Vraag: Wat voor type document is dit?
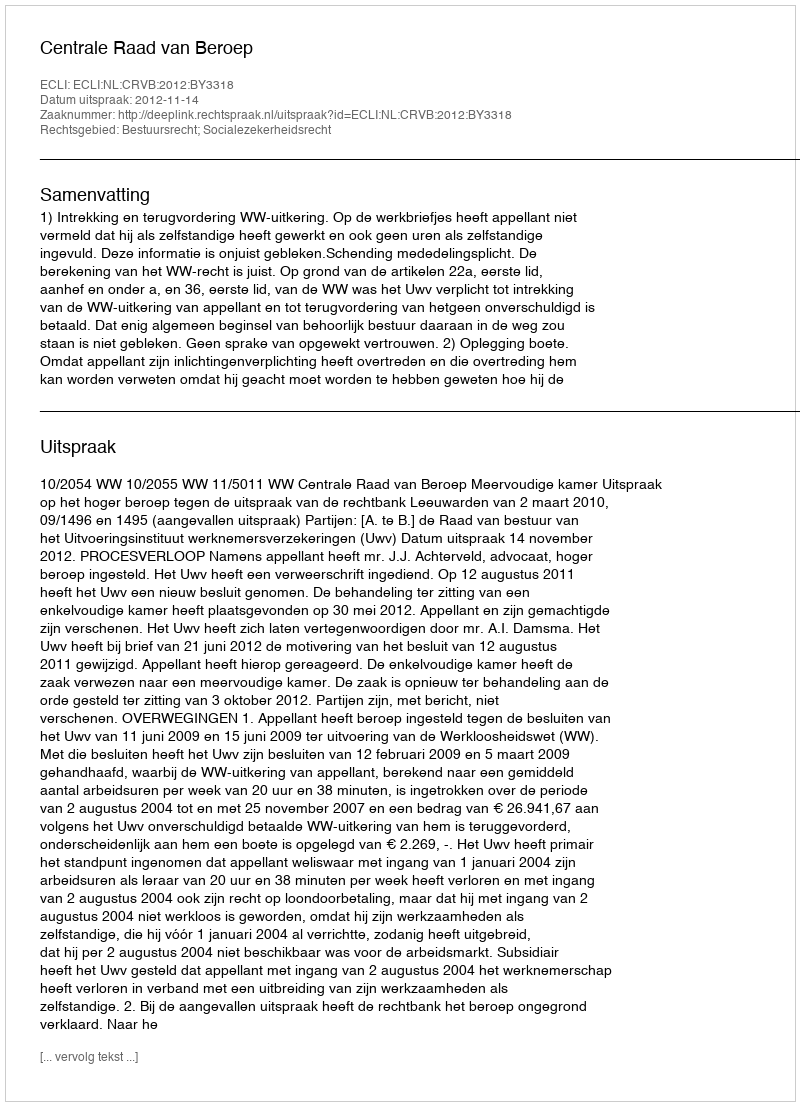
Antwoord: Uitspraak